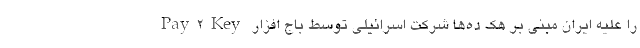
را علیه ایران مبنی بر هک ده‌ها شرکت اسرائیلی توسط باج افزار Pay2Key